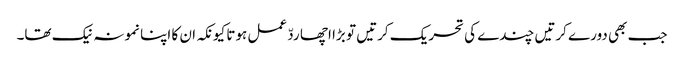
جب بھی دورے کرتیں چندے کی تحریک کرتیں تو بڑا اچھا ردّ عمل ہوتا کیونکہ ان کا اپنا نمونہ نیک تھا۔